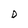
Character: D